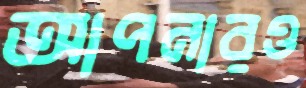
আপনারও